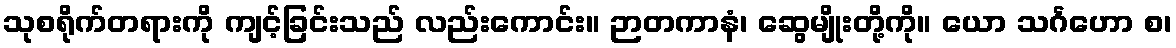
သုစရိုက်တရားကို ကျင့်ခြင်းသည် လည်းကောင်း။ ဉာတကာနံ၊ ဆွေမျိုးတို့ကို။ ယော သင်္ဂဟော စ၊